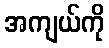
အကျယ်ကို